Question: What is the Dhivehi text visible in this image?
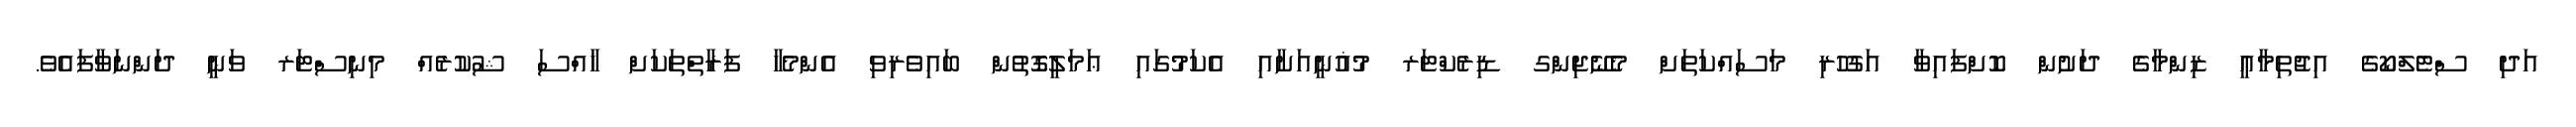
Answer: އަދި ސްޓެލްކޯގެ އިޖުތިމާޢީ ޒިންމާގެ ދަށުން ކޮށްފައިވާ އަގުހުރި މަސައްކަތަށް މެނޭޖިންގ ޑިރެކްޓަރ މުޣުނީއަށާއި އެކަމުގައި ޢަމަލީގޮތުން ބައިވެރިވި އެންމެހާ ފަރާތްތަކަށް ޚާއްސަ ޝުކުރެއް މިނިސްޓަރ ވަނީ ދަންނަވާފައެވެ.